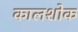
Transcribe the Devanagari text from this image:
कालशोक